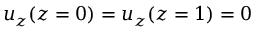
u _ { z } ( z = 0 ) = u _ { z } ( z = 1 ) = 0